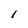
Character: I